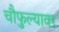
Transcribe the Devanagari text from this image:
चौफुल्यावर